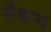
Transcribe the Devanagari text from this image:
सैबाथ